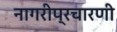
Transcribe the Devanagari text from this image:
नागरीप्रचारणी